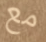
مع